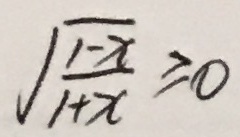
\sqrt { \frac { 1 - x } { 1 + x } } \geq 0